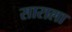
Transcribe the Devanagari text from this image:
साराला